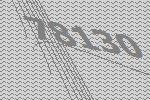
78130